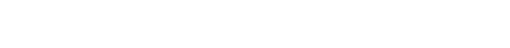
စာပေတွိဿာသ၊ မုသုနော၊ ဣဿာသော ခေပကမှိ စ။